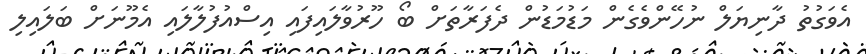
އެވަގުތު ދާނިޔަލް ނުހޭންވެގެން މަޑުމަޑުން ދެފަރާތަށް ބޯ ހޫރުވާލައިފައި އިސްއުފުލާލައި އެމޫނަށް ބަލައިލި